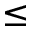
\leq